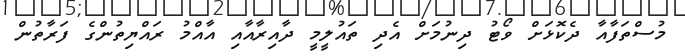
މުސްތަފާއާ ދެކޮޅަށް ވޯޓު ދިނުމަށް އެދި ތައުލީމީ ދާއިރާއާއި އާއްމު ރައްޔިތުންގެ ފަރާތުން